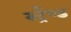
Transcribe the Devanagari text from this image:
स्ट्रैण्ड